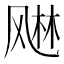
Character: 𬱾